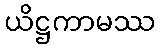
ယိဋ္ဌကာမဿ